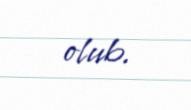
olub.